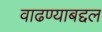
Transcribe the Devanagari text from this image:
वाढण्याबद्दल